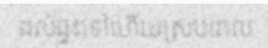
ដល់ផ្ទះទៅហើយស្របពេល